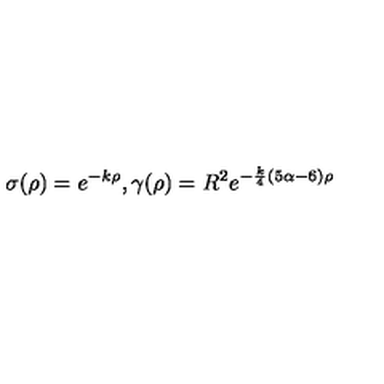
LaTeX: \sigma ( \rho ) = e ^ { - k \rho } , \gamma ( \rho ) = R ^ { 2 } e ^ { - { \frac { k } { 4 } } ( 5 \alpha - 6 ) \rho }